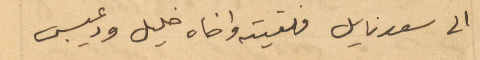
الى سعدنايل فلقيته واخاه خليل ودعيبس